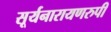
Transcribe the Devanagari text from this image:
सूर्यनारायणरुपी